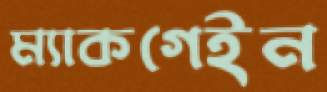
ম্যাকগেইন